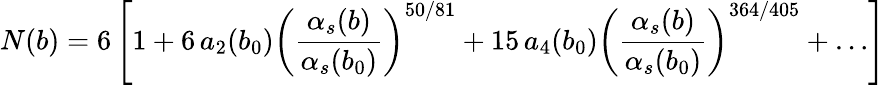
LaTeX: N(b)=6\left[1+6\, a_{2}(b_{0})\left(\frac{\alpha_{s}(b)}{\alpha_{s}(b_{0})}\right)^{50/81}+15\, a_{4}(b_{0})\left(\frac{\alpha_{s}(b)}{\alpha_{s}(b_{0})}\right)^{364/405}+\ldots\right]